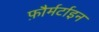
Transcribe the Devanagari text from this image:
फ़ौर्मर्टाइन